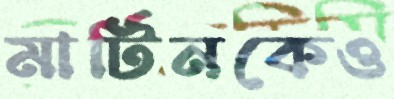
মার্টিনকেও